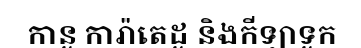
កានូ ការ៉ាតេដូ និងកីឡាទូក